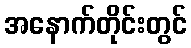
အနောက်တိုင်းတွင်